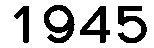
1945